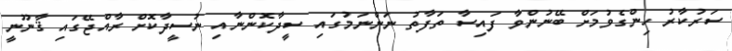
ސަރުކާރު ހިންގެވުމަށް ބޭނުންވާ ފައިސާ ތަފާތު ނަންނަމުގައި ސީދާކޮންނާއި ނުސީދާކޮށް ރާއްޖޭގައި ޤާނޫނީ